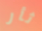
ثأر